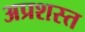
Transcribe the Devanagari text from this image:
अप्रशस्त